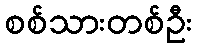
စစ်သားတစ်ဦး